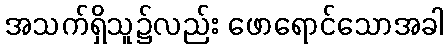
အသက်ရှိသူ၌လည်း ဖောရောင်သောအခါ